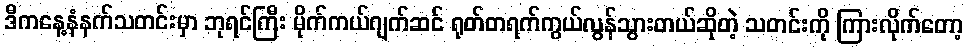
ဒီကနေ့နံနက်သတင်းမှာ ဘုရင်ကြီး မိုက်ကယ်ဂျက်ဆင် ရုတ်တရက်ကွယ်လွန်သွားတယ်ဆိုတဲ့ သတင်းကို ကြားလိုက်တော့